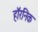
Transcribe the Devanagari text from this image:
हॉरनिक